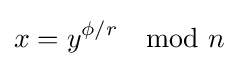
x=y^{\phi /r}\mod n